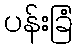
ပန်းခြံ